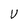
Character: V